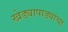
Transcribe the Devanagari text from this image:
खेड्यापाड्यांचा